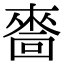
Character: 𠾂